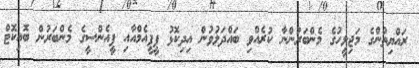
ރައްޔިތުންގެ މަޖިލީހުގެ މެންބަރުންނާ ކުރެއްވި ބައްދަލުވުން އިދިކޮޅު ޕީޕީއެމްއާއި ޕީއެންސީގެ މެންބަރުން ބޮއިކޮޓް